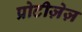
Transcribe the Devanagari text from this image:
प्रोटीज़ेज़